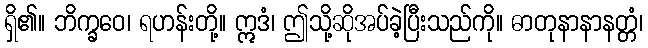
ရှိ၏။ ဘိက္ခဝေ၊ ရဟန်းတို့။ ဣဒံ၊ ဤသို့ဆိုအပ်ခဲ့ပြီးသည်ကို။ ဓာတုနာနာနတ္တံ၊